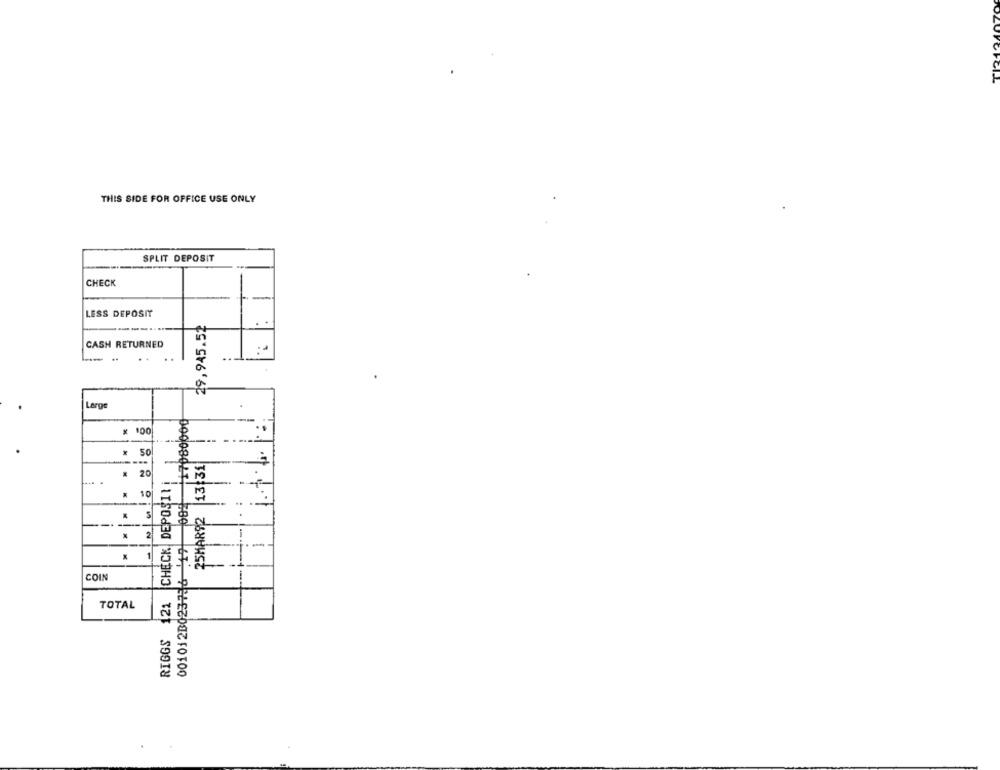
THIS SIDE FOR OFFICE USE ONLY
SPLIT DEPOSIT
CHECK
LESS DEPOSIT
29,945.52
CASH RETURNED
Large
x 100
* 50
25MAR92 |13:31
1
& 20
RIGGS 121 CHECK DEPOSIT
10
2
COIN
TOTAL
00008027: 300 67; 9312200210100